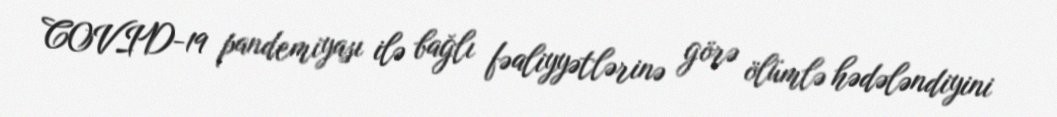
COVID-19 pandemiyası ilə bağlı fəaliyyətlərinə görə ölümlə hədələndiyini